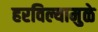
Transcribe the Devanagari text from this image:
हरविल्यामुळे